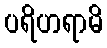
ပရိဟရာမိ